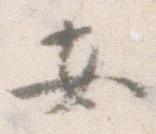
安